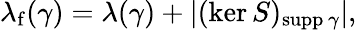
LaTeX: \lambda_{\mathrm{f}}(\gamma)=\lambda(\gamma)+|(\ker S)_{\mathrm{supp}\, \gamma}|,